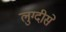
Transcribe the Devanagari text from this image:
लुग्दीसे